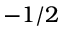
- 1 / 2